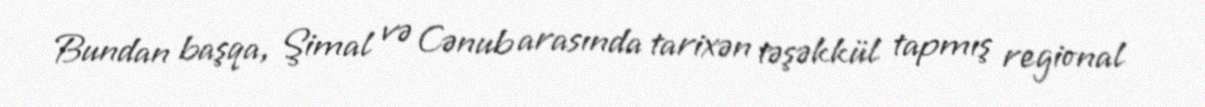
Bundan başqa, Şimal və Cənub arasında tarixən təşəkkül tapmış regional